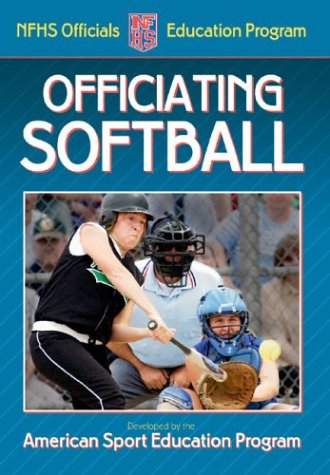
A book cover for Officiating Softball; American Sport Education Program; Sports & Outdoors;